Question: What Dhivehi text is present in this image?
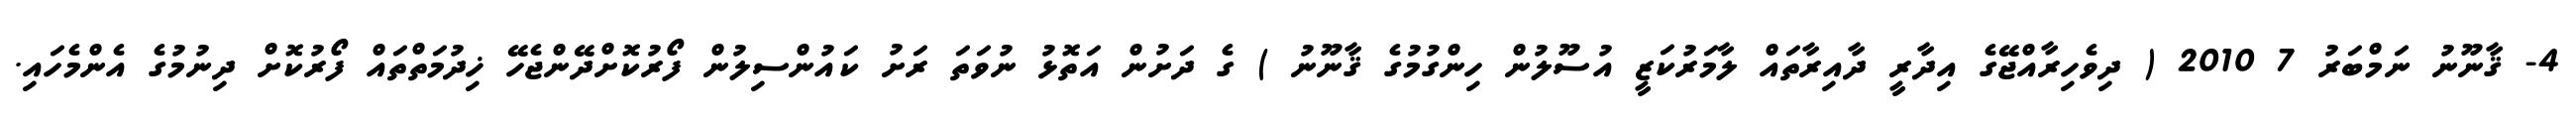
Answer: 4- ޤާނޫނު ނަމްބަރު 7 2010 ( ދިވެހިރާއްޖޭގެ އިދާރީ ދާއިރާތައް ލާމަރުކަޒީ އުސޫލުން ހިންގުމުގެ ޤާނޫނު ) ގެ ދަށުން އަތޮޅު ނުވަތަ ރަށު ކައުންސިލުން ފޯރުކޮށްދޭންޖެހޭ ޚިދުމަތްތައް ފޯރުކޮށް ދިނުމުގެ އެންމެހައި.